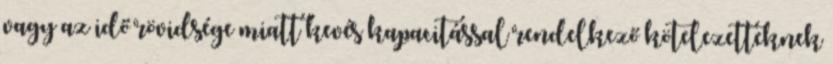
vagy az idő rövidsége miatt kevés kapacitással rendelkező kötelezetteknek